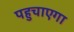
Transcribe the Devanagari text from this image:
पहुचाएगा